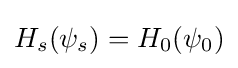
H_{s}(\psi _{s})=H_{0}(\psi _{0})